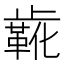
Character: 𬆌